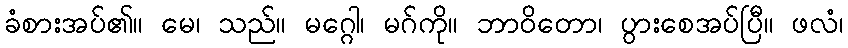
ခံစားအပ်၏။ မေ၊ သည်။ မဂ္ဂေါ၊ မဂ်ကို။ ဘာဝိတော၊ ပွားစေအပ်ပြီ။ ဖလံ၊